Civil Veterinary Department. United Provinces 1912-22 - 1912-1922
Year: 1912
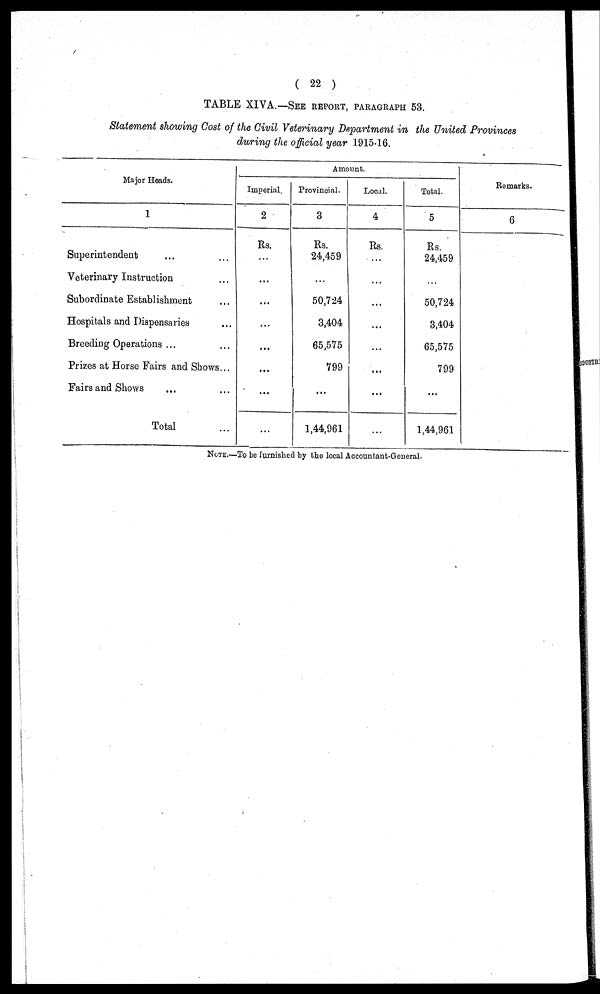
( 22 )
TABLE XIVA.—SEE REPORT, PARAGRAPH 53.
Statement showing Cost of the Civil Veterinary Department in the United Provinces
during the official year 1915-16.
Major Heads.
1
Superintendent ... ...
Veterinary Instruction ...
Subordinate Establishment ...
Hospitals and Dispensaries ...
Breeding Operations ... ...
Prizes at Horse Fairs and Shows...
Fairs and Shows ... ...
Total ...
Imperial.
2
Rs.
...
...
...
...
...
...
...
...
Amount.
Provincial.
3
Rs.
24,459
...
50,724
3,404
65,575
799
...
1,44,961
Local.
4
Rs.
...
...
...
...
...
...
...
...
Total.
5
Rs.
24,459
...
50,724
3,404
65,575
799
...
1,44,961
Remarks.
6
NOTE.—To be furnished by the local Accountant-General.